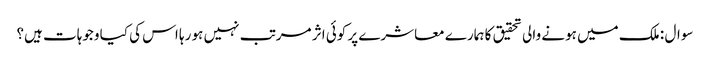
سوال : ملک میں ہونے والی تحقیق کا ہمارے معاشرے پر کوئی اثر مرتب نہیں ہو رہا اس کی کیا وجوہات ہیں؟